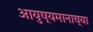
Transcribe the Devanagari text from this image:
आयुष्यमानाच्या